system: You are a helpful assistant.
user:
Analyze the provided spectrum to determine if it is a **Carbon Star (C-type)**.

- **Key Visual Indicators of Carbon Star:**
    - **(Primary):** Strong molecular absorption from **C₂ (diatomic carbon) "Swan Bands."** This is the **defining feature** of a carbon star.
        - **(Key Bandheads):** Sharp absorption edges are visible at approximately $5635$ Å, $5165$ Å (the strongest band), and $4737$ Å.
        - **(Line Profile):** Creates a distinct **"saw-tooth"** pattern. The key morphology is a sharp, steep bandhead on the **red (long-wavelength) side**, which then gradually tapers off (i.e., flux recovers) towards the **blue (short-wavelength) side**. *(This is the direct opposite of the TiO bands seen in M-type stars)*.

    - **(Secondary):** Intense **CN (cyanogen)** molecular absorption bands.
        - **(Key Bandheads):** Located in the blue and violet regions of the spectrum (e.g., near $4215$ Å and $3883$ Å).
        - **(Morphology):** These bands are extremely broad and act as a "blanket," absorbing the vast majority of blue and violet light. This creates a characteristic **"cliff"** or **"steep drop-off"** in the spectrum's flux at short wavelengths.

    - **(Key Confirmation):** Strong **CH absorption band (G-band)**.
        - **(Key Bandhead):** Located around $4300$ Å. The contribution from CH molecules to this band is exceptionally strong.

    - **(Overall Spectrum):**
        - The continuum is severely "chopped up" by these deep molecular bands, especially C₂, rather than appearing as a smooth curve.
        - Due to the heavy CN and C₂ absorption in the blue-green, the vast majority of the star's flux is concentrated in the red part of the spectrum, giving the star its characteristic deep red color.

Think first, call **spectral_visualization_tool** if needed to examine features in detail, then provide your final answer. Your response must adhere to the following strict rules:
1.  **Overall Structure:** Your response must follow the format `<think>...</think> <tool_call>...</tool_call> (if a tool is used) <answer>...</answer>`.
2.  **Tool Usage Constraint:** You may only make **one** tool call per turn.
3.  **Final Answer Format:** In the `<answer>` tag, your conclusion must be inside a `\boxed{}` command (e.g., `\boxed{YES}`), followed by your justification.

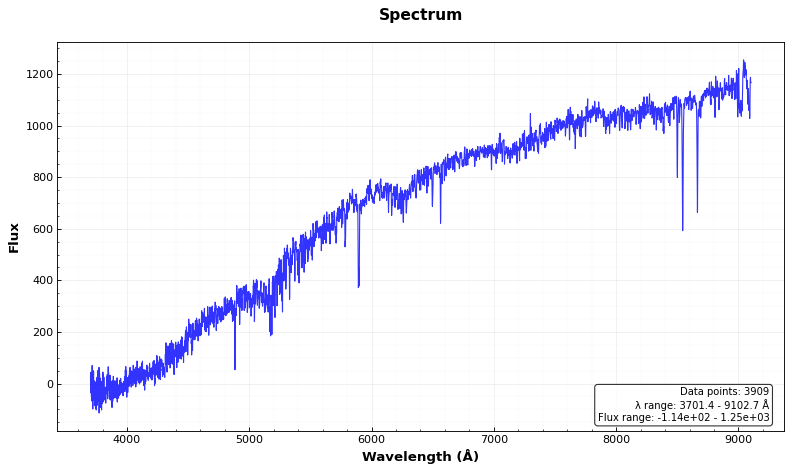
Answer: NO